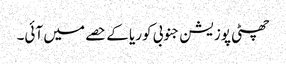
چھٹی پوزیشن جنوبی کوریا کے حصے میں آئی۔